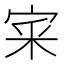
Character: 宷